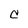
Character: C